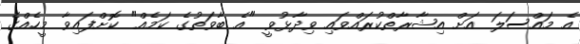
އެ މައްސަލަ އަށް އިޝާރާތްކުރައްވައި ވިދާޅުވީ "އެ ބާވަތުގެ ކަމެއް" ކޮށްފައިވާ މީހެއްގެ